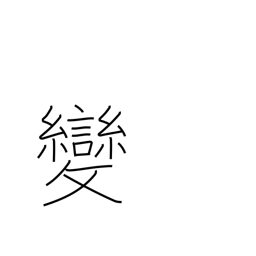
Meaning: strange